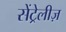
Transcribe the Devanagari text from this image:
सेंट्रेलीज़